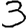
Digit: 3